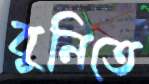
বুনিতে